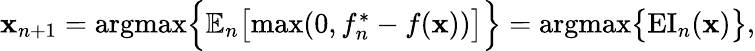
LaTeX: \begin{array}{r}{\mathbf{x}_{n+1}=\mathrm{argmax}\Big\{ \mathbb{E}_{n}\big[\mathrm{max}(0,f_{n}^{*}-f(\mathbf{x}))\big]\Big\} =\mathrm{argmax}\big\{ \mathrm{EI}_{n}(\mathbf{x})\big\} ,}\end{array}